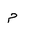
Letter: _mim